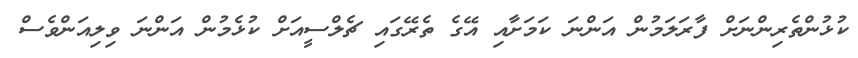
ކުޅުންތެރިންނަށް ފާރަލަމުން އަންނަ ކަމަށާއި އޭގެ ތެރޭގައި ޗެލްސީއަށް ކުޅެމުން އަންނަ ވިލިއަންވެސް